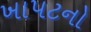
ખાપટનો